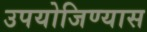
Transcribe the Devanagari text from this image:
उपयोजिण्यास